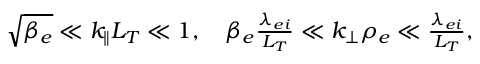
\begin{array} { r } { \sqrt { \beta _ { e } } \ll k _ { \parallel } L _ { T } \ll 1 , \quad \beta _ { e } \frac { \lambda _ { e i } } { L _ { T } } \ll k _ { \perp } \rho _ { e } \ll \frac { \lambda _ { e i } } { L _ { T } } , } \end{array}